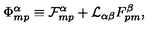
\Phi _ { m p } ^ { \alpha } \equiv { \cal F } _ { m p } ^ { \alpha } + { \cal L } _ { \alpha \beta } F _ { p m } ^ { \beta } ,